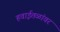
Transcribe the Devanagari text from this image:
हवाईतळांवर